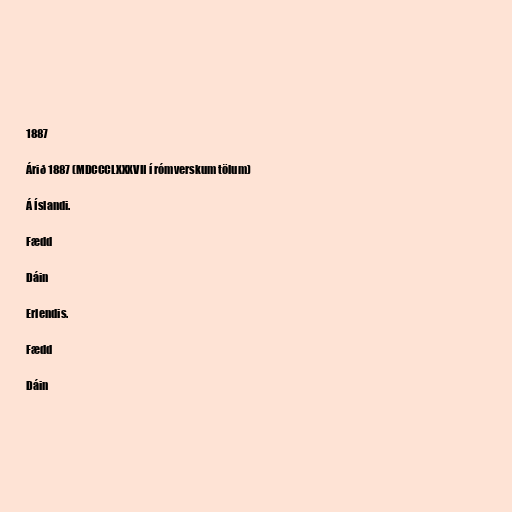
1887

Árið 1887 (MDCCCLXXXVII í rómverskum tölum)

Á Íslandi.

Fædd

Dáin

Erlendis.

Fædd

Dáin